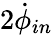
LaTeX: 2\dot{\phi}_{in}